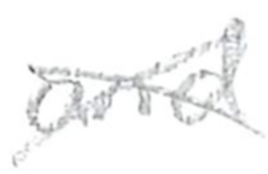
Text: and
Cross-out: cross
Writing tool: pencil